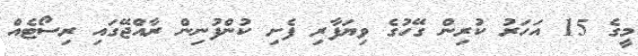
މީގެ 15 އަހަރު ކުރިން ގޭހުގެ ވިޔަފާރި ފެށި ކުންފުނިން ރާއްޖޭގައި ރިސޯޓެއް